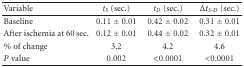
<table><thead><tr><td><b>Variable</b></td><td><b><i>t</i><sub><i>S</i></sub> (sec.)</b></td><td><b><i>t</i><sub><i>D</i></sub> (sec.)</b></td><td><b>Δ<i>t</i><sub><i>S</i>-<i>D</i></sub> (sec.)</b></td></tr></thead><tbody><tr><td>Baseline</td><td>0.11 ± 0.01</td><td>0.42 ± 0.02</td><td>0.31 ± 0.01</td></tr><tr><td>After ischemia at 60 sec.</td><td>0.12 ± 0.01</td><td>0.44 ± 0.02</td><td>0.32 ± 0.01</td></tr><tr><td>% of change</td><td>3.2</td><td>4.2</td><td>4.6</td></tr><tr><td><i>P</i> value</td><td>0.002</td><td>&lt;0.0001</td><td>&lt;0.0001</td></tr></tbody></table>